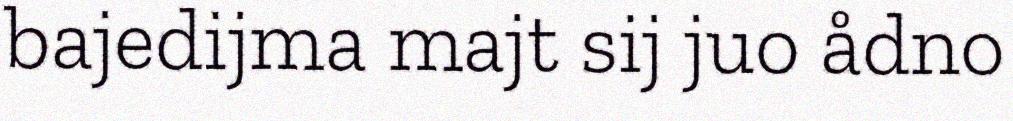
bajedijma majt sij juo ådno